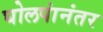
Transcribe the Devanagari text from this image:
घोलपांनंतर